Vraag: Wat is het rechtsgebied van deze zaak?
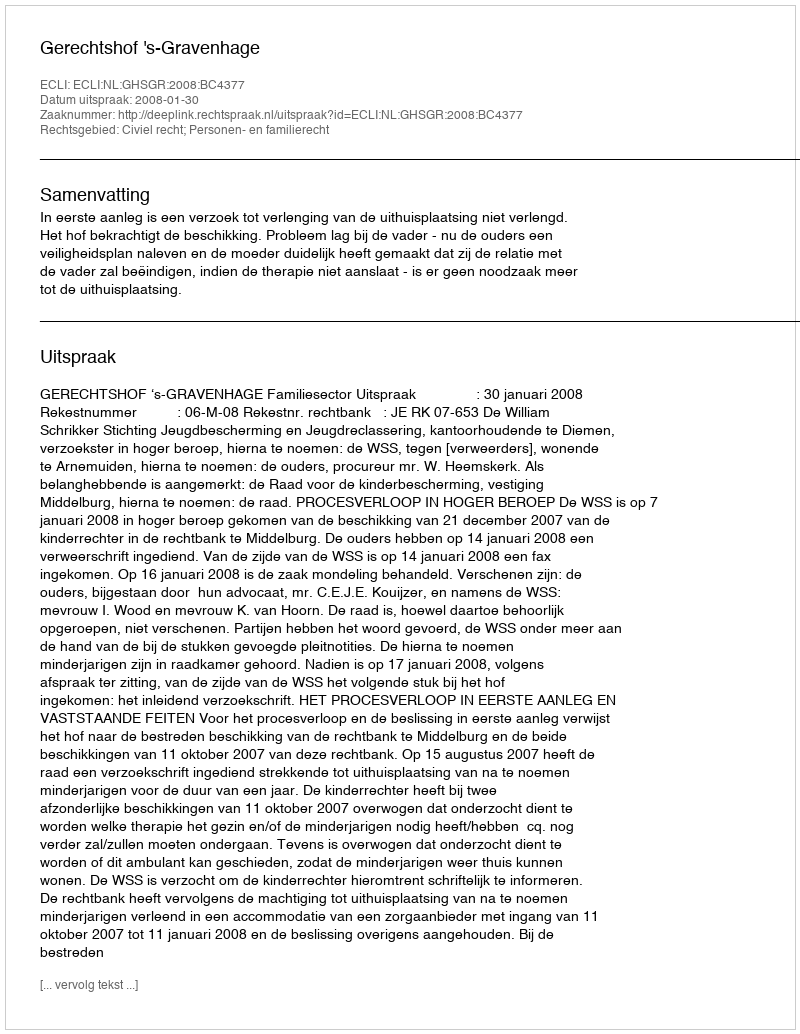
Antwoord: Civiel recht; Personen- en familierecht